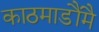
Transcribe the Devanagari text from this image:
काठमाडौंमै